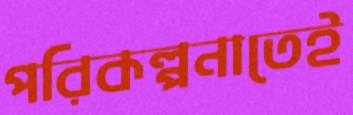
পরিকল্পনাতেই